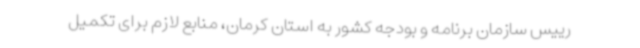
رییس سازمان برنامه و بودجه کشور به استان کرمان، منابع لازم برای تکمیل